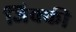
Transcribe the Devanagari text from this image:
जिक्की